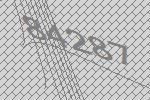
84287